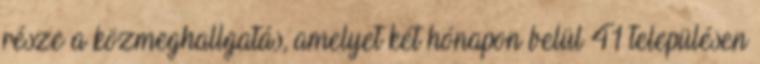
része a közmeghallgatás, amelyet két hónapon belül 41 településen